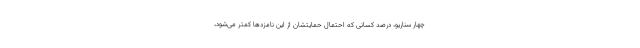
چهار سناریو، درصد کسانی که احتمال حمایتشان از این نامزدها کمتر می‌شود،